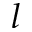
l